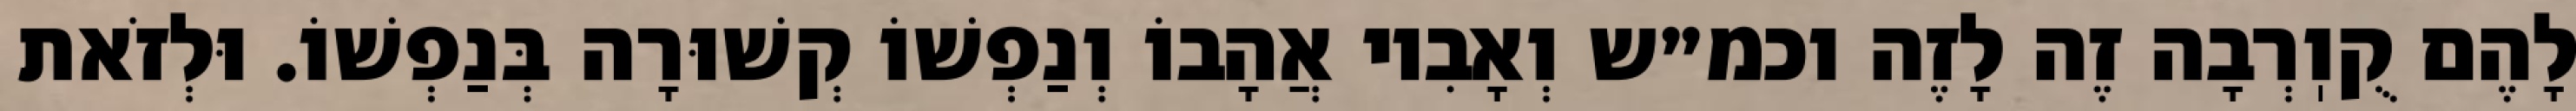
לָהֶם קֻוֽרְבָה זֶה לָזֶה וכמ״ש וְאָבִיו אֲהָבוֹ וְנַפְשׁוֹ קְשׁוּרָה בְּנַפְשׁוֹ. וּלְזֹאת